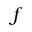
f